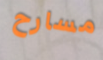
مسارح